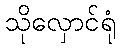
သိုလှောင်ရုံ